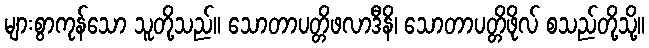
များစွာကုန်သော သူတို့သည်။ သောတာပတ္တိဖလာဒီနိ၊ သောတာပတ္တိဖိုလ် စသည်တို့သို့။